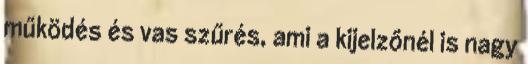
működés és vas szűrés, ami a kijelzőnél is nagy